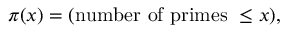
\pi ( x ) = ( { \mathrm { n u m b e r ~ o f ~ p r i m e s ~ } } \leq x ) ,